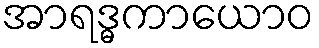
အာရဒ္ဓကာယောဝ